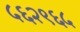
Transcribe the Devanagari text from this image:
५६२९६५